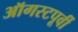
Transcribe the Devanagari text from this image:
ऑगस्टपूर्वी